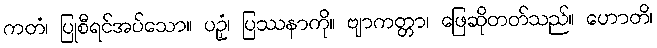
ကတံ၊ ပြုစီရင်အပ်သော။ ပဉှံ၊ ပြဿနာကို။ ဗျာကတ္တာ၊ ဖြေဆိုတတ်သည်။ ဟောတိ၊